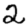
Digit: 2